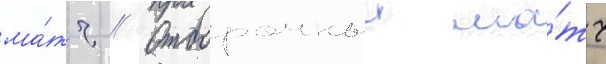
ма́тч // Отборочныи ма́тч